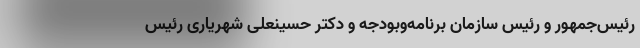
رئیس‌جمهور و رئیس سازمان برنامه‌وبودجه و دکتر حسینعلی شهریاری رئیس